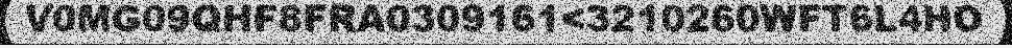
V0MG09QHF8FRA0309161<3210260WFT6L4HO